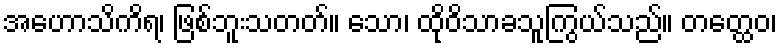
အဟောသိကိရ၊ ဖြစ်ဘူးသတတ်။ သော၊ ထိုဝိသာခသူကြွယ်သည်။ တတ္ထေဝ၊